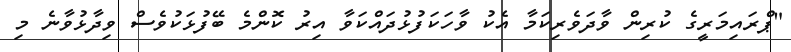
"ޕްރައިމަރީގެ ކުރިން ވާދަވެރިކަމާ އެކު ވާހަކަފުޅުދައްކަވާ އިރު ކޮންމެ ބޭފުޅަކުވެސް ވިދާޅުވާނެ މި